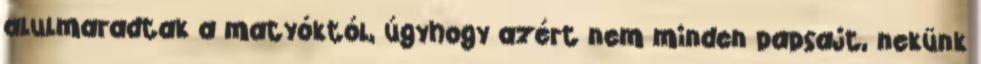
alulmaradtak a matyóktól, úgyhogy azért nem minden papsajt, nekünk